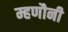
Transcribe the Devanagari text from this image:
म्हणौनी